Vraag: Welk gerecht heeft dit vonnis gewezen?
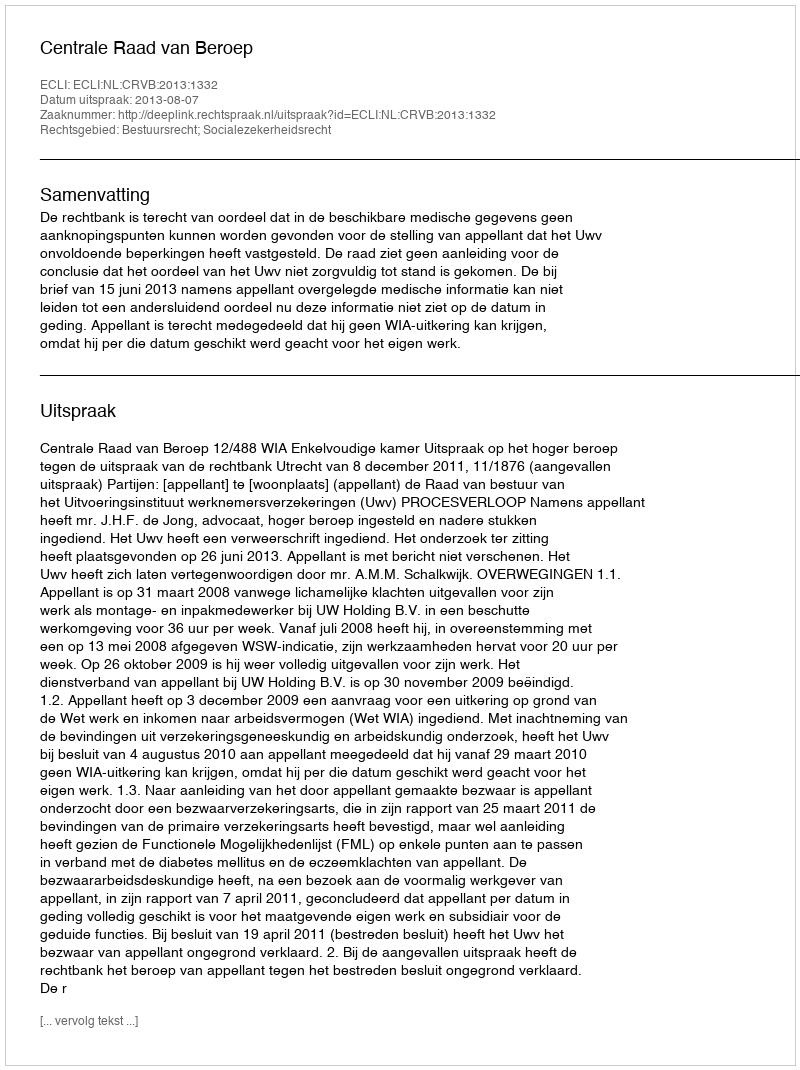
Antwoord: Centrale Raad van Beroep